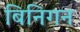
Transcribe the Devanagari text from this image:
बिनिगन